Sketch of the medical history of the native army of Bombay, for the year
Year: 1875
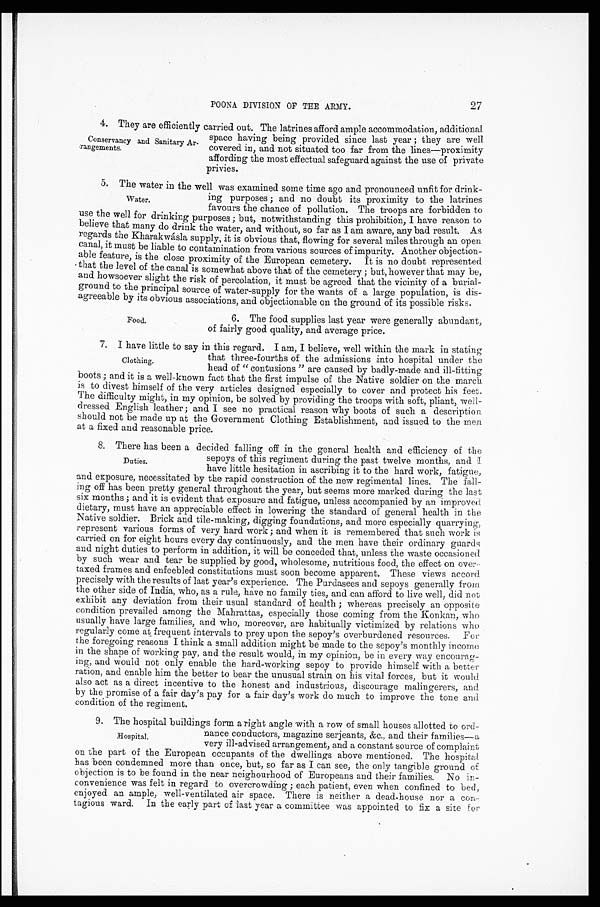
POONA DIVISION OF THE ARMY.
27
4 . T h e y a r e e f f i c i e n t l y c a r r i e d o u t . T h e l a t r i n e s a f f o r d a m p l e a c c o m m o d a t i o n , a d d i t i o n a l
space having being provided since last year ; they are well
covered in, and not situated too far from the lines—proximity
affording the most effectual safeguard against the use of private
privies.
5. The water in the well was examined some time ago and pronounced unfit for drink
-ing purposes ; and no doubt its proximity to the latrines
favours the chance of pollution. The troops are forbidden to
use the well for drinking purposes ; but, notwithstanding this prohibition, I have reason to
believe that many do drink the water, and without, so far as I am aware, any bad result. As
regards the Kharakwásla supply, it is obvious that, flowing for several miles through an open
canal, it must be liable to contamination from various sources of impurity. Another objection
-able feature, is the close proximity of the European cemetery. It is no doubt represented
that the level of the canal is somewhat above that of the cemetery ; but, however that may be,
and howsoever slight the risk of percolation, it must be agreed that the vicinity of a burial
-ground to the principal source of water-supply for the wants of a large population, is dis
-agreeable by its obvious associations, and objectionable on the ground of its possible risks.
6. The food supplies last year were generally abundant,
of fairly good quality, and average price.
7. I have little to say in this regard. I am, I believe, well within the mark in stating
that three-fourths of the admissions into hospital under the
head of "contusions" are caused by badly-made and ill-fitting
boots ; and it is a well-known fact that the first impulse of the Native soldier on the march
is to divest himself of the very articles designed especially to cover and protect his feet.
The difficulty might, in my opinion, be solved by providing the troops with soft, pliant, well
-dressed English leather ; and I see no practical reason why boots of such a description
should not be made up at the Government Clothing Establishment, and issued to the men
at a fixed and reasonable price.
8. There has been a decided falling off in the general health and efficiency of the
sepoys of this regiment during the past twelve months, and I.
have little hesitation in ascribing it to the hard work, fatigue,
and exposure, necessitated by the rapid construction of the new regimental lines. The fall
-ing off has been pretty general throughout the year, but seems more marked during the last
six months ; and it is evident that exposure and fatigue, unless accompanied by an improved
dietary, must have an appreciable effect in lowering the standard of general health in the
Native soldier. Brick and tile-making, digging foundations, and more especially quarrying,
represent various forms of very hard work ; and when it is remembered that such work is
carried on for eight hours every day continuously, and the men have their ordinary guards
and night duties to perform in addition, it will be conceded that, unless the waste occasioned
by such wear and tear be supplied by good, wholesome, nutritious food, the effect on over
-taxed frames and enfeebled constitutions must soon become apparent. These views accord
precisely with the results of last year's experience. The Purdasees and sepoys generally from
the other side of India, who, as a rule, have no family ties, and can afford to live well, did not
exhibit any deviation from their usual standard of health ; whereas precisely an opposite
condition prevailed among the Mahrattas, especially those coming from the Konkan, who
usually have large families, and who, moreover, are habitually victimized by relations Who
regularly come at frequent intervals to prey upon the sepoy's overburdened resources. For
the foregoing reasons I think a small addition might be made to the sepoy's monthly income
in the shape of working pay, and the result would, in my opinion, be in every way encourag
-ing, and would not only enable the hard-working sepoy to provide himself with a better
ration, and enable him the better to bear the unusual strain on his vital forces, but it would
also act as a direct incentive to the honest and industrious, discourage malingerers, and
by the promise of a fair day's pay for a fair day's work do much to improve the tone and
condition of the regiment.
9. The hospital buildings form aright angle with a row of small houses allotted to ord
-nance conductors, magazine serjeants, &c., and their families—a
very ill-advised arrangement, and a constant source of complaint
on the part of the European occupants of the dwellings above mentioned. The hospital
has been condemned more than once, but, so far as I can see, the only tangible ground of
objection is to be found in the near neighourhood of Europeans and their families. No in
-convenience was felt in regard to overcrowding ; each patient, even when confined to bed,
enjoyed an ample, well-ventilated air space. There is neither a dead-house nor a con
-tagious ward. In the early part of last year a committee was appointed to fix a site for
Conservancy and Sanitary Ar
-rangements.
Water.
Food.
Clothing.
Duties.
Hospital.